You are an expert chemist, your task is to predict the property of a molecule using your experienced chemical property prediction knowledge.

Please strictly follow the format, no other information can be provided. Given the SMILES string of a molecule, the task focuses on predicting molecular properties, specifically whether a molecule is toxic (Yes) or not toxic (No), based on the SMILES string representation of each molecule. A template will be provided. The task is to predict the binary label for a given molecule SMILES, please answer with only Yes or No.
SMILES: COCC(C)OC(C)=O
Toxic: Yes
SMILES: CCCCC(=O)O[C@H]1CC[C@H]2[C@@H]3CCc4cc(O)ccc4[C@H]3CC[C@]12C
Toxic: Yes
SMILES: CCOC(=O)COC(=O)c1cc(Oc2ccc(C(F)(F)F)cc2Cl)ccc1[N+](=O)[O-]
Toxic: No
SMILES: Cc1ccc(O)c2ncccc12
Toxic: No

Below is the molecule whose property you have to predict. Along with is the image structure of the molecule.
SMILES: [O-][n+]1ccccc1[S-]
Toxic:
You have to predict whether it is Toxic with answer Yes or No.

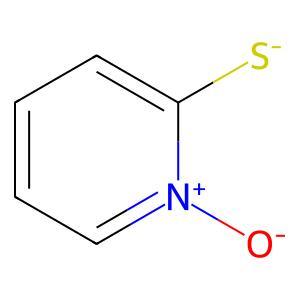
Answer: No